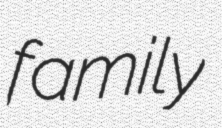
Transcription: family